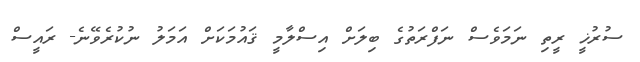
ސުރުޚީ ރީތި ނަމަވެސް ނަފްރަތުގެ ބިލަށް އިސްލާމީ ޤައުމަކަށް އަމަލު ނުކުރެވޭނެ- ރައީސް